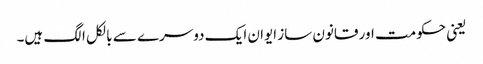
یعنی حکومت اور قانون ساز ایوان ایک دوسرے سے بالکل الگ ہیں۔